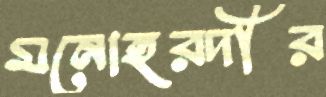
মনোহরদীর